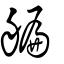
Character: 艑